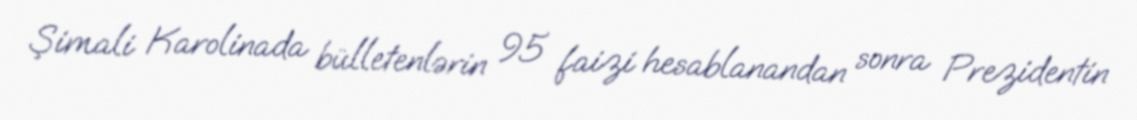
Şimali Karolinada bülletenlərin 95 faizi hesablanandan sonra Prezidentin